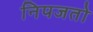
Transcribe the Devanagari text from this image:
निपजतो